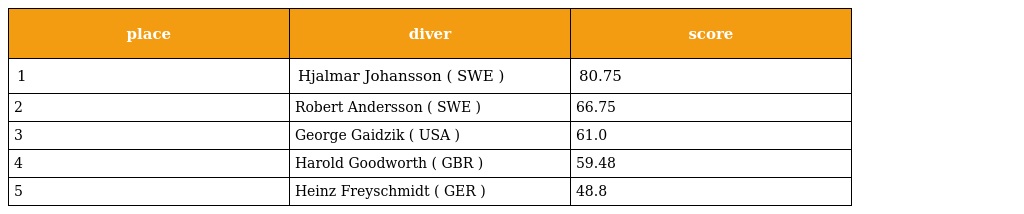
| place | diver | score |
 | --- | --- | --- |
 | 1 | Hjalmar Johansson ( SWE ) | 80.75 |
 | 2 | Robert Andersson ( SWE ) | 66.75 |
 | 3 | George Gaidzik ( USA ) | 61.0 |
 | 4 | Harold Goodworth ( GBR ) | 59.48 |
 | 5 | Heinz Freyschmidt ( GER ) | 48.8 |